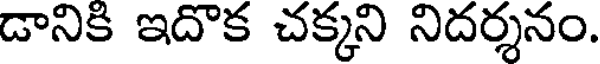
డానికి ఇదొక చక్కని నిదర్శనం.